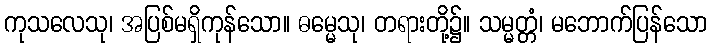
ကုသလေသု၊ အပြစ်မရှိကုန်သော။ ဓမ္မေသု၊ တရားတို့၌။ သမ္မတ္တံ၊ မဘောက်ပြန်သော